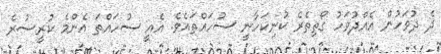
ދެ ދުވަހުން އެއްދުވަހު ގޯތިތެރެ ކުނިކަހާނީ ސުހައްތައެވެ. އެއީ ސުހައްތަ އެންމެ ކުރީސުރެ